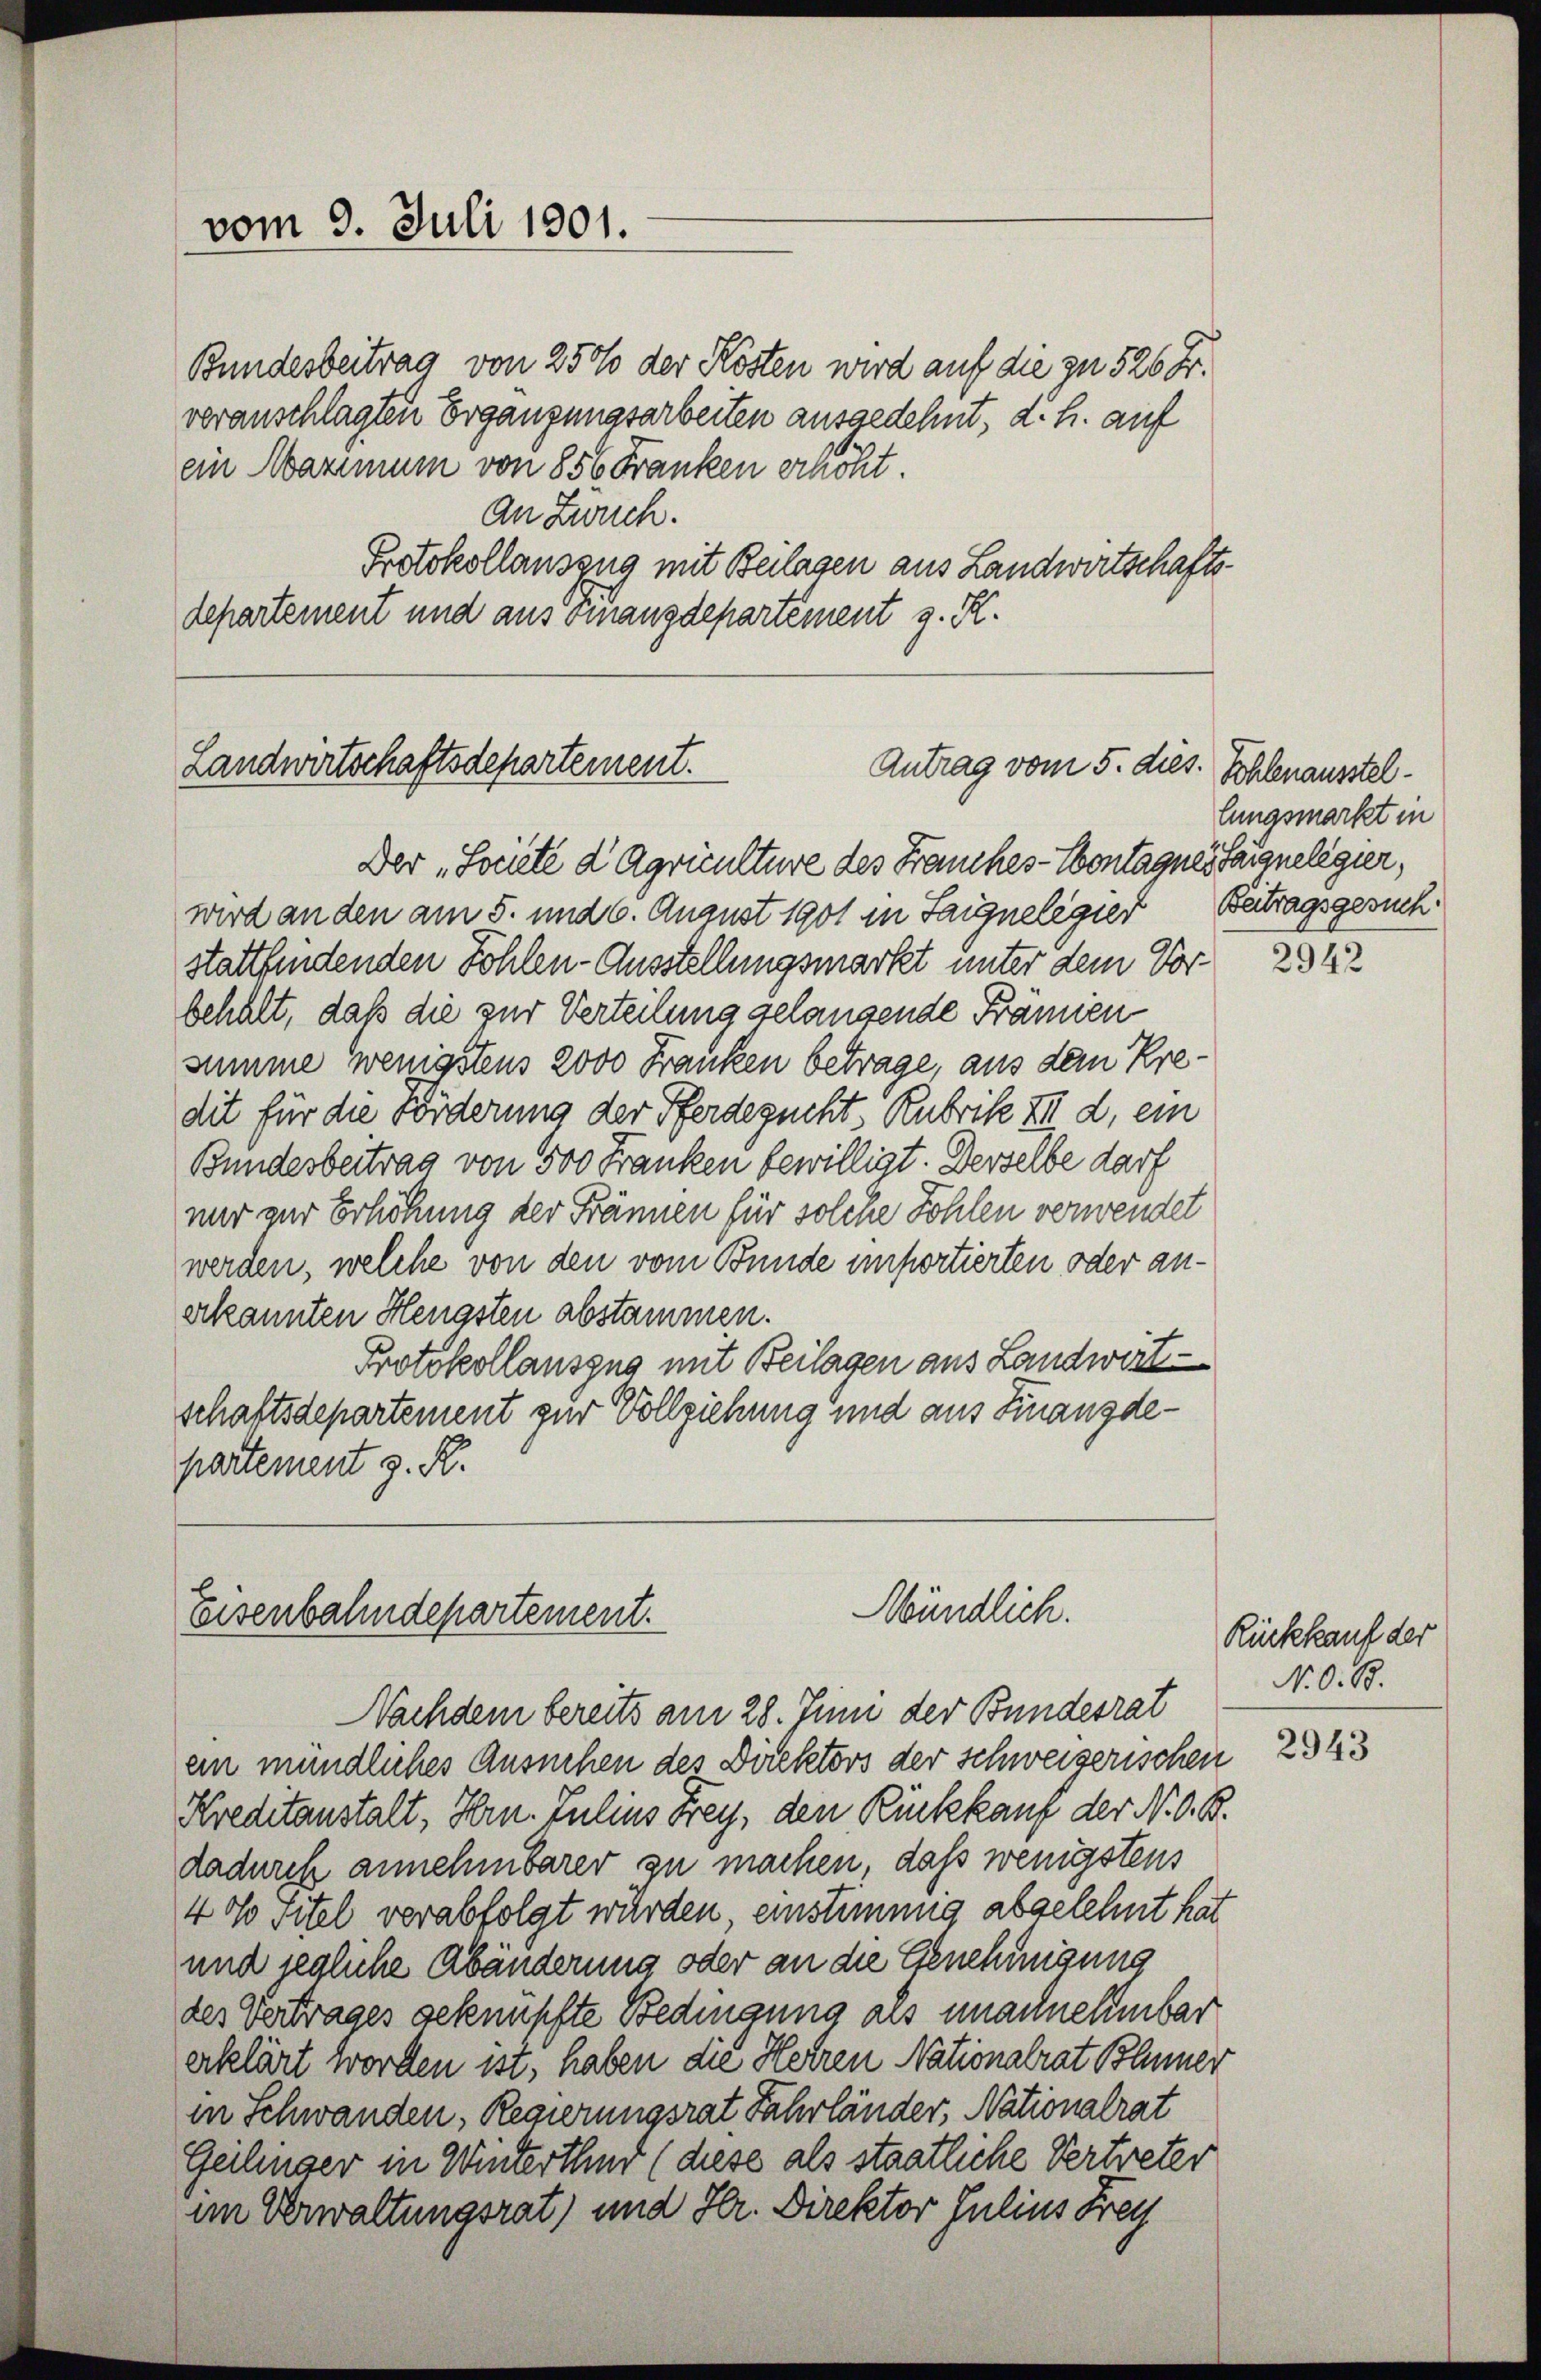
vom 9. Juli 1801.

Bundesbeitrag von 250 der Kösten wird auf die zu 526 Fr.
veranschlagten Ergänzungsarbeiten ausgedehnt, d. h. auf
ein Maximum von 856 Franken erhöht.
An Zweck.
Protokollauszug mit Beilagen aus Landwirtschaftsdepartement und aus einanzdepartement z. R.

Landwirtschaftsdepartement.
Antrag vom 5. dies. Schlenausstel¬

Mündlich.
Eisenbahndepartement.

Der „Societe d Agriculture des Freunches-Contagnes Sargelegier,
wird an den am 5. und 6. August 1901 in Saignelegier Betragsgesuch
stattfindenden Sohlen-Ausstellungsmarkt unter dem Vor-
behalt, daß die zur Verteilung gelangende Främien
summe wenigstens 2000 Franken betrage, aus dem Kredit für die Förderung der Pferdezucht Rubrik X d. ein
Bundesbeitrag von 500 Franken bewilligt. Derselbe darf
mir zur Erhöhung der Fränen für solche Fohlen verwendet
werden, welche von den vom Bunde importierten oder anerkannten Hengsten abstammen.
Protokollauszug mit Beilagen aus Landwirt
schaftsdepartement zur Vollziehung und aus Finanzdepartement z. R.

Eunasmarkt in

Nachdem bereits am 28. Juni der Bundesrat
ein mündliches Ansuchen des Direktors der Schweizerischen
Kreditanstalt, Hrn. Julius Frey, den Rückkauf der N. O. B.
dadurch annehmbarer zu machen, daß wenigstens
4 % Titel verabfolgt würden, einstimmig abgelehnt hat
und jegliche Abänderung oder an die Genehmigung
des Vertrages geknüpfte Bedingung als unacknehmbar
erklärt worden ist, haben die Herren Nationalrat Blümer
in Schwanden, Regierungsrat Fahrländer, Nationalrat
Geilinger in Winterthur (diese als staatliche Vertreter
im Verwaltungsrat und Hr. Direktor Julius Frey

2942

Rückkauf der
N. O. B.

2943